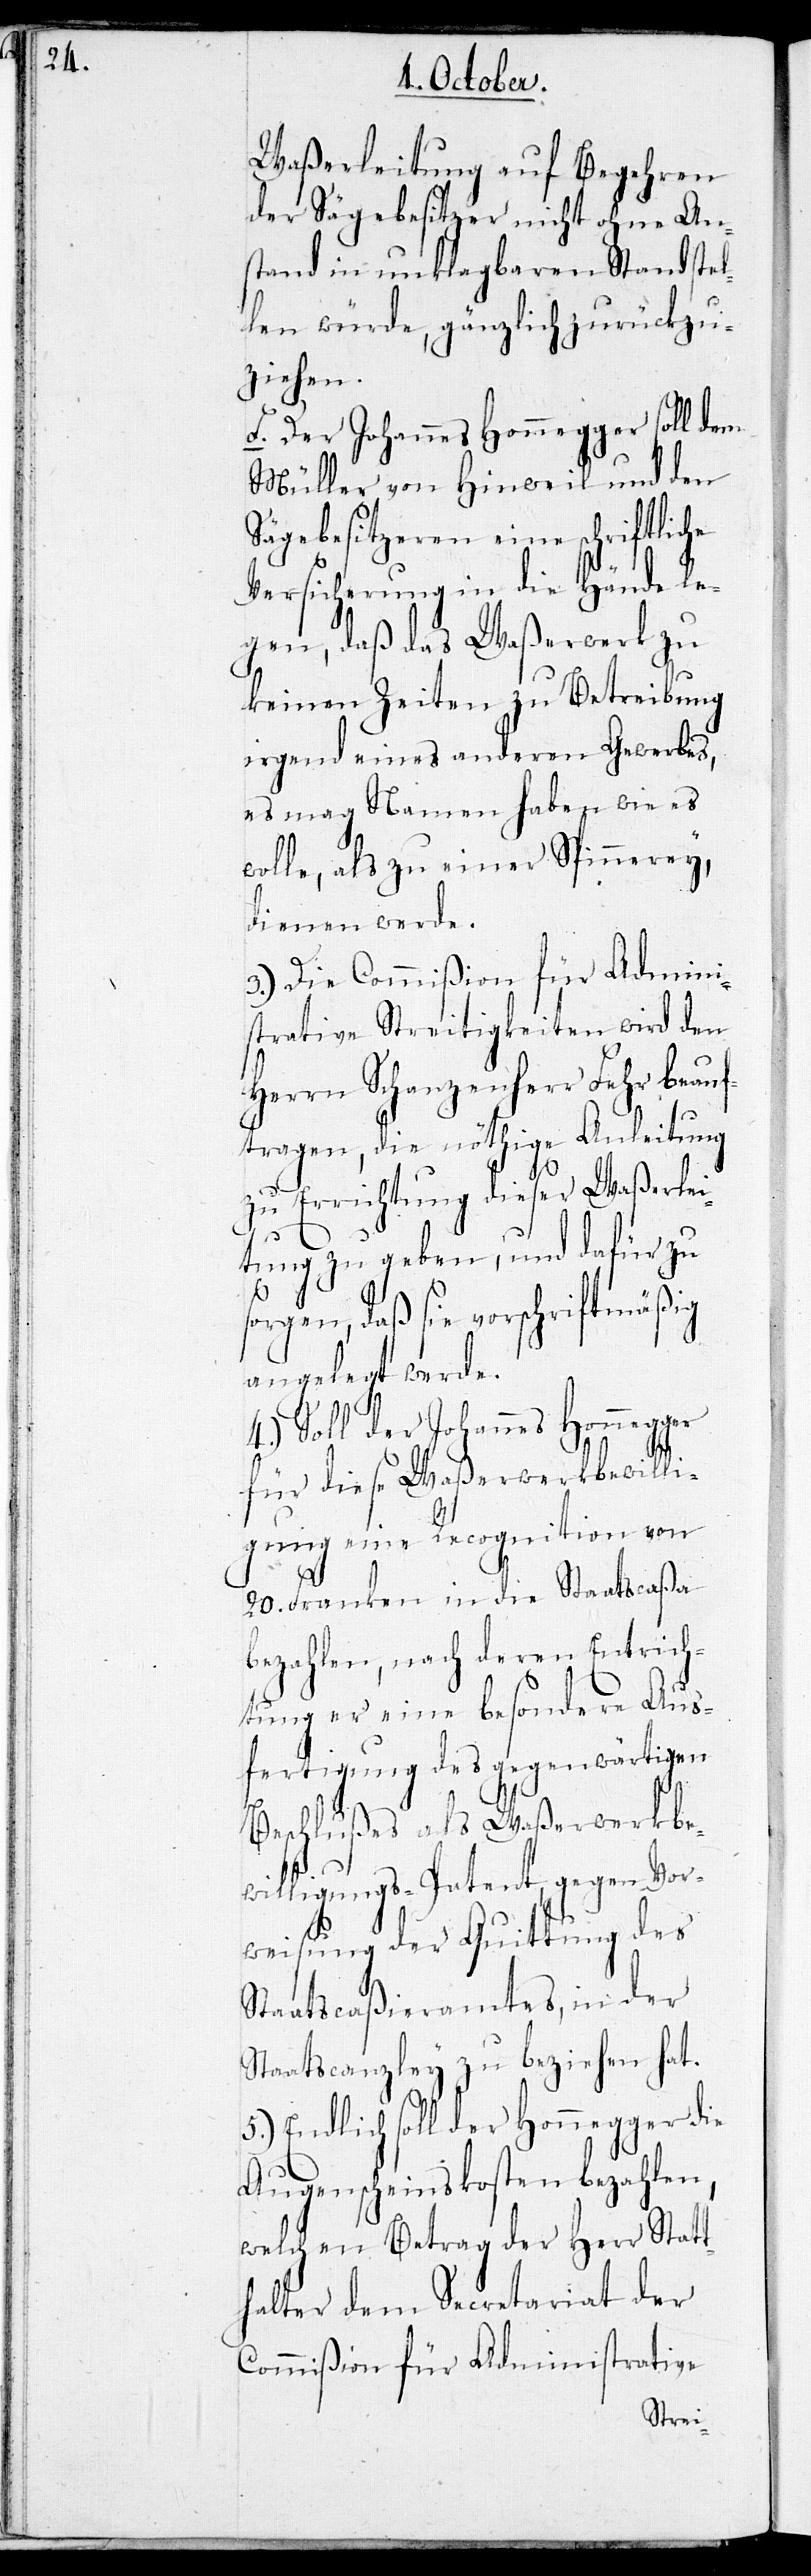
Waßerleitung auf Begehren
der Sägebesitzer nicht ohne An¬
stand in unklagbaren Stand stel¬
len würde, gänzlich zurückzu¬
ziehen.
f. Der Johannes Honnegger soll dem
Müller von Hinweil und den
Sägebesitzeren eine schriftliche
Versicherung in die Hände le¬
gen, daß das Waßerwerk zu
keinen Zeiten zu Betreibung
irgendeines anderen Gewerbes,
es mag Namen haben wie es
wolle, als zu einer Spinnerei
dienen werde.
3.) Die Commißion für Admini¬
strative Streitigkeiten wird den
Herrn Schanzenherr Fehr beau¬
ftragen, die nöthige Anleitung
zu Errichtung dieser Waßerlei¬
tung zu geben, und dafür zu
sorgen, daß sie vorschriftmäßig
angelegt werde.
4.) Soll der Johannes Honnegger
für diese Waßerwerkbewilli¬
gung eine Recognition von
20. Franken in die Staatscaßa
bezahlen, nach deren Entrich¬
tung er eine besondere Aus¬
fertigung des gegenwärtigen
Beschlußes als Waßerwerkbe¬
willigungs-Patent gegen Vor¬
weisung der Quittung des
Staatscaßieramtes in der
Staatscanzley zu beziehen hat.
5.) Endlich soll der Honnegger die
Augenscheinskosten bezahlen,
welchen Betrag der Herr Statt¬
halter dem Secretariat der
Commißion für Administrative